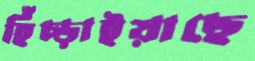
হিঁচ্‌ড়াইয়াছে